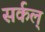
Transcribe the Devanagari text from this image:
सर्कल्